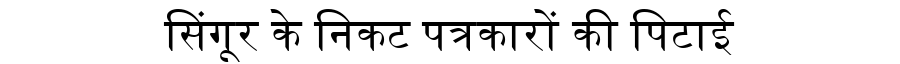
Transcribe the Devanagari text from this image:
सिंगूर के निकट पत्रकारों की पिटाई